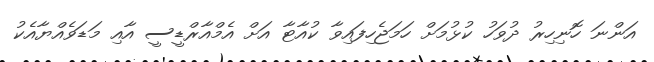
އަންނަ ހޮނިހިރު ދުވަހު ކުޅުމަށް ހަމަޖެހިފައިވާ ކުއާޓާ އަށް އެމްއާރްޑީސީ އާއި މަޑަވެއްޔާއެކު